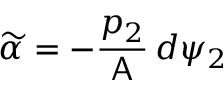
\widetilde { \alpha } = - \frac { p _ { 2 } } { \mathsf { A } } \, d \psi _ { 2 }